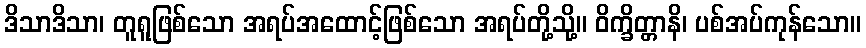
ဒိသာဒိသာ၊ တူရူဖြစ်သော အရပ်အထောင့်ဖြစ်သော အရပ်တို့သို့။ ဝိက္ခိတ္တာနိ၊ ပစ်အပ်ကုန်သော။